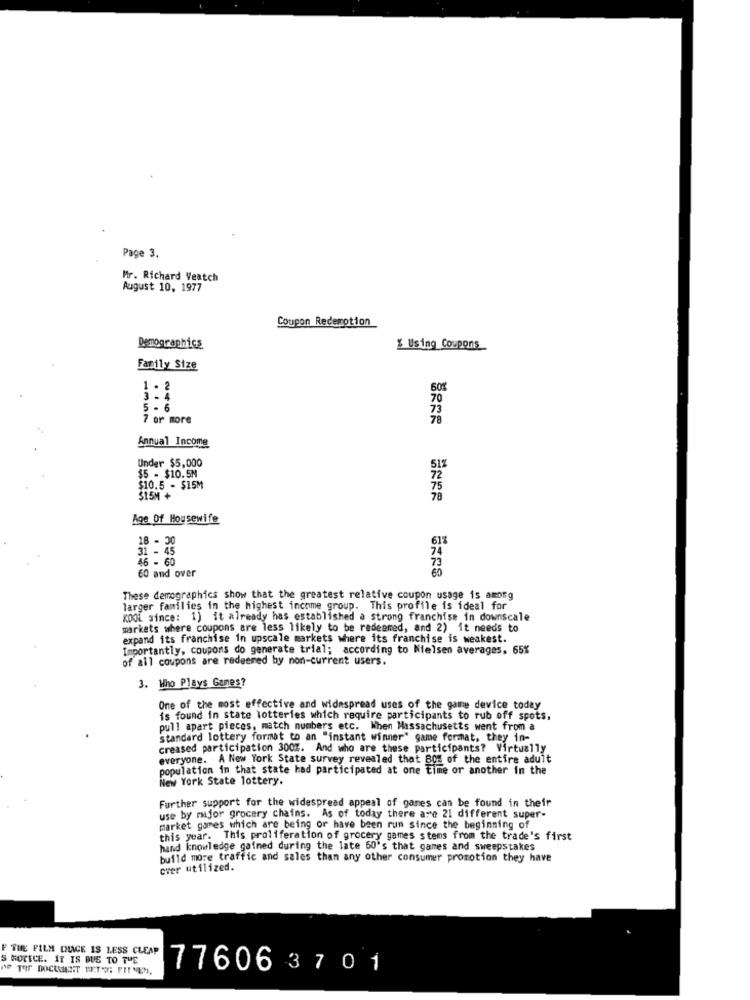
Page 3.
Mr. Richard Veatch
August 10, 1977
Coupon Redemption
Demographics
$ Using Coupons
Family Size
1 . 2
50%
3 -4
70
5 -
6
73
7 or more
Annual Income
Under $5,000
$5 - $10.5M
$10.5 - $15M
75
$15M+
78
Age Of Housewife
18 - 30
61%
31 - 4
46 - 60
74
73
60
60 and over
These demographics show that the greatest relative coupon usage is among
larger families in the highest income group. This profile is ideal for
KOOL since: 1) it already has established a strong franchise in downscale
markets where coupons are less likely to be redeemed, and 2) it needs to
expand its franchise in upscale markets where its franchise is weakest.
Importantly, coupons do generate trial; according to Nielsen averages, 65%
of all coupons are redeemed by non-current users.
3. Who Plays Games?
One of the most effective and widespread uses of the game device today
is found in state lotteries which require participants to rub off spots.
pull apart pieces, match numbers etc. When Massachusetts went from a
standard lottery format to an "instant winner" game format, they in-
creased participation 300%. And who are these participants? Virtually
everyone. A New York State survey revealed that B0% of the entire adult
population in that state had participated at one time or another in the
New York State lottery.
Further support for the widespread appeal of games can be found in their
use by major grocery chains. As of today there are 21 different super-
market games which are being or have been rum since the beginning of
this year. This proliferation of grocery games stems from the trade's first
hand knowledge gained during the late 60's that games and sweepstakes
build more traffic and sales than any other consumer promotion they have
over utilized.
F TIR FILM DUGE IS LESS CLEAR
S MOTICE. IT IS BUS TO THE
PO TOIR DOCUMENT WITH: PITNEM.
776063701